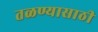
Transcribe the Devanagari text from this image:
तळण्यासाठी